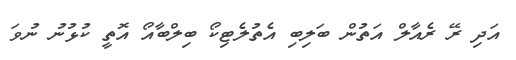
އަދި ރޭ ރެއާލް އަތުން ބަލިބި އެތުލެޓިކޯ ބިލްބާއޯ އޮތީ ކުޅުނު ނުވަ